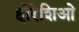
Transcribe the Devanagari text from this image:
होरेशिओ